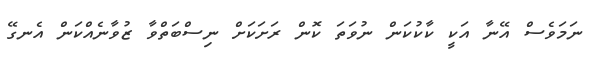
ނަމަވެސް އޭނާ އަކީ ކާކުކަން ނުވަތަ ކޮން ރަށަކަށް ނިސްބަތްވާ ޒުވާނެއްކަން އެނގޭ